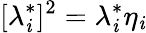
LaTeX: [\lambda_{\mathit{i}}^{*}]^{2}=\lambda_{\mathit{i}}^{*}\eta_{\mathit{i}}